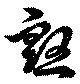
慇